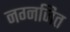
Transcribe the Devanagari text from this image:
नग्नजित